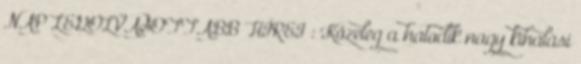
NAP LEGOLVASOTTABB HÍREI : Közeleg a hatodik nagy kihalási